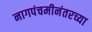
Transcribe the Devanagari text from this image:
नागपंचमीनंतरच्या